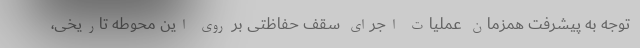
توجه به پیشرفت همزمان عملیات اجرای سقف حفاظتی بر روی این محوطه تاریخی،